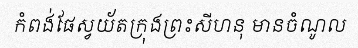
កំពង់ផែស្វយ័តក្រុងព្រះសីហនុ មានចំណូល